Medical and sanitary report of the native army of Bengal for the year
Year: 1878
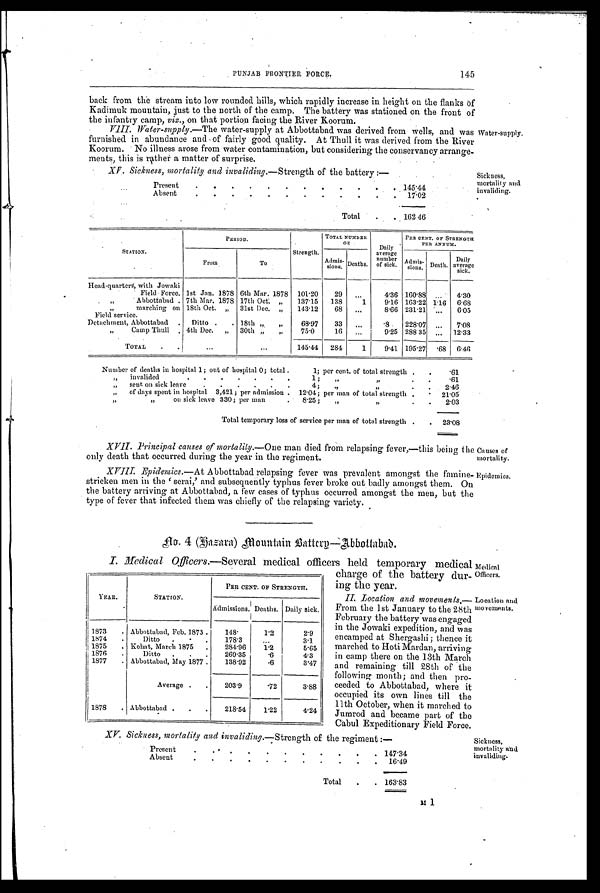
uses of
mortality.
Epidemics.
Medical
Officers.
Location and
innuonianto
XV. Sickness, mortality and invaliding .—Strength of the regiment :—
Present
.
. .
. . . . .
. . . 147.34
Absent
. .
.
. .
.
. .
. . . 16.49
Total . . 163.83
Sickness,
mortality and
invaliding.
PUNJAB FRONTIER FORCE.
back from the stream into low rounded hills, which rapidly increase in height on the flanks of
Kadimuk mountain, just to the north of the camp. The battery was stationed on the front of
the infantry camp,viz., on that portion facing theRiver Koorum.
VIII.
Water-supply .—The water-supply at Abbottabad was derived from wells, and was
furnished in abundance and of fairly good quality. At Thull it was derived from the Rivei
Koorum. No illness arose from water contamination, but considering the conservancy arrange.
ments,this is rather a matter of surprise.
145
Water-supply.
XV. Sickness, mortality and invaliding. -Strength of the battery :—
Present
.
.
.
.
. . . . . . . 145.44
Absent
. .
. . . . . . . . . . 17.02
Total . . 162 46
Sickness,
mortality anti
PERIOD.
TOTAL NUMBER. OF
Daily
PER CENT. OF STRENGTH
P E R ANNUM .
STATION.
From
To
Strength.
Admis-
sions. Deaths.
average number
of sick. Admis-
sions. Death.
Daily
average sick.
Head-quarters., with Jowaki
Field Force. 1st Jan. 1878 6th Mar: 1878 101.20 29 . . .
4.36 160.88 ... 4.30
” Abbottabad . 7th Mar. 1878 17th Oct: „ 137.15 138
1
9.16 163.22 1.16 6.68
”marching on
Field service.
18th Oct. „ 31st Dec. „ 143.12
68 . . .
8.66 231.21 ... 6.05
Detachment, Abbottabad . Ditto . . 18th „ „
68.97
33 . . .
.8 228.07 ... 7. 08
”Camp Thull . 4th Dec. „ 30th „ „
75.0
16
. . .
9.25 288 35 . . . 12.33
TOTAL .
...
...
145.44 284
1
9.41 195.27
. 68 6.46
Number of deaths in hospital 1; out of hospital 0; total .
1; per cent, of total strength . . .61
” invalided
.
. . .
. .
1., ; „
.
. .
.61
” sent on sick leave
. . . . . .
4; ,,
” .
. . 2.46
” of days spent in hospital 3,421 ; per admission . 12.04; per man of total strength .
. . 21.05
”
„
on sick leave 330; per man
. 8.25; „
”
. . 2.03
Total temporary loss of service per man of total strength . . 23.08
XVII. Principal causes of mortality .-One man died from relapsing fever,—this being the
only death that occurred during the year in the regiment.
XVIII. Epidemics .—At Abbottabad relapsing fever was prevalent amongst the famine-
s t r i c k e n me n i n t h e ‘ s e mi , ' a n d s u b s e q u e n t l y t y p h u s f e v e r b r o k e o u t b a d l y a mo n g s t t h e m. On
the battery arriving at Abbottabad, a few cases of typhus occurred amongst the men, but the
type of fever that infected them was chiefly of the relapsing variety.
no. 4 (gaeara) mountain Batterp—Abbottabad.
I. Medical Officers.—Several medical officers held temporary medica
charge of the battery dur-
ing the year.
II.L o c a t i o n a n d
m o v e m e n t s
, —
From the 1st January to the 28th
February the battery was engaged
in the Jowaki expedition, and was
encamped at Shergashi ; thence it
marched to Hoti Mardan, arriving
in camp there on the 13th March
and remaining till 28th of the
following month; and then pro.
ceeded to Abbottabad, where it
occupied its own lines till the
11th October, when it marched to
Jumrod and became part of the
Cabul Expeditionary Field Force
YEAR.
STATION.
PER CENT. OF STRENGTH.
Admissions. Deaths. Daily sick.
1873 . Abbottabad, Feb. 1873 .
148. 1.2
2.9
1874 .
Ditto .
.
178.3
...
3.1
1875 . Kohat, March 1875 .
284.96 1.2
5.65
1876 .
Ditto .
. . 269.35
.6
4.3
1877 . Abbottabad, May 1877 .
138.92
.6
3.47
Average . .
203.9
.72
3.88
1878 . Abbottabad . . .
218.54
1.22
4.24
m 1